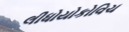
લીધોયોકોવિચ